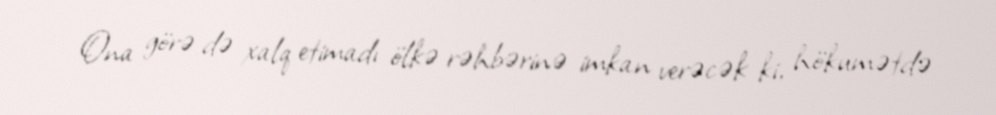
Ona görə də xalq etimadı ölkə rəhbərinə imkan verəcək ki, hökumətdə